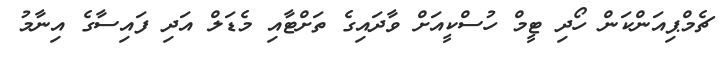
ޗެމްޕިއަންކަން ހޯދި ޓީމް ހުސްކީއަށް ވާދައިގެ ތަށްޓާއި މެޑަލް އަދި ފައިސާގެ އިނާމު